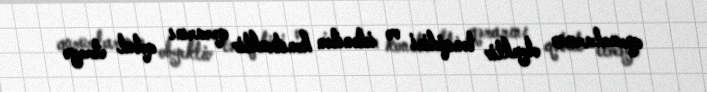
qurumlarının obyektiv tənqidini və istənilən konstruktiv qərarını qəbul etməyə